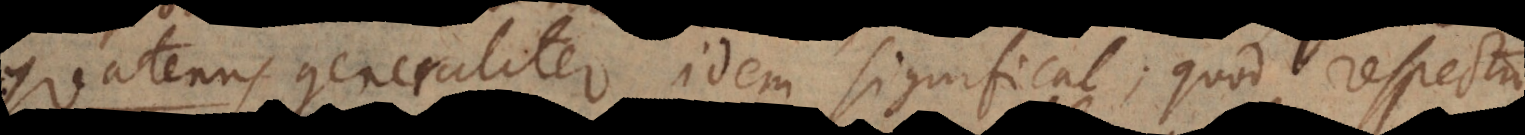
Quatenus generaliter idem significat, quod respectu